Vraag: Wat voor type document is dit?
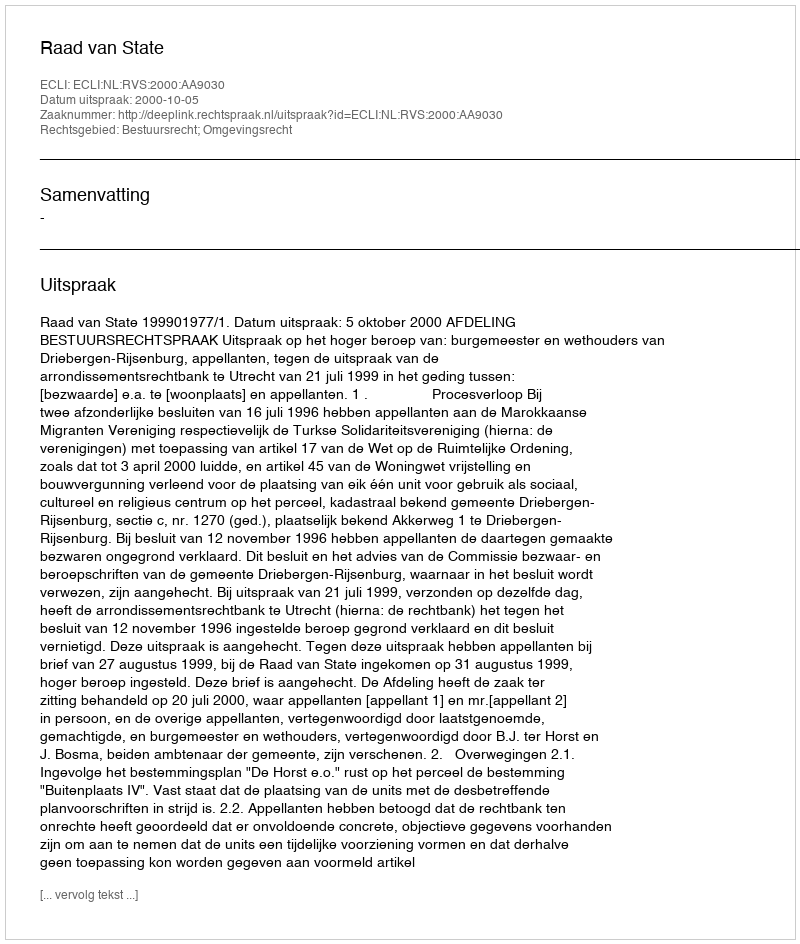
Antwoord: Uitspraak